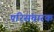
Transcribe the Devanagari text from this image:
परिसंचारक